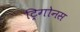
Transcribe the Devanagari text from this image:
ट्रिगोनस